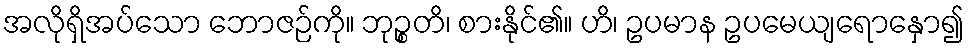
အလိုရှိအပ်သော ဘောဇဉ်ကို။ ဘုဉ္စတိ၊ စားနိုင်၏။ ဟိ၊ ဥပမာန ဥပမေယျရောနှော၍